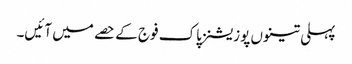
پہلی تینوں پوزیشنز پاک فوج کے حصے میں آئیں۔